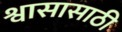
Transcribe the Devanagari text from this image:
श्वासासाठी